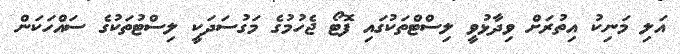
އަލި މަނިކު އިތުރަށް ވިދާޅުވީ ލިސްޓްތަކުގައި ފޮޓޯ ޖެހުމުގެ މަގުސަދަކީ ލިސްޓުތަކުގެ ސައްހަކަން